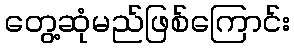
တွေ့ဆုံမည်ဖြစ်ကြောင်း